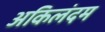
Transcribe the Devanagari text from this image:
अकिलंदम